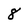
Character: 8